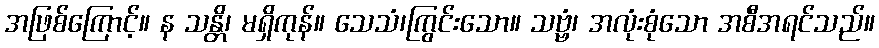
အဖြစ်ကြောင့်။ န သန္တိ၊ မရှိကုန်။ သေသံ၊ကြွင်းသော။ သဗ္ဗံ၊ အလုံးစုံသော အစီအရင်သည်။